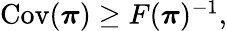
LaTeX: \begin{array}{r}{\mathrm{Cov}({\boldsymbol\pi})\geq F({\boldsymbol\pi})^{-1},}\end{array}